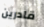
قادرين